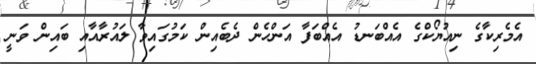
އެމެރިކާގެ ނިއުޔޯކްގެ އެއްބަނޑު އެއްބަފާ އަންހެން ދެބެއިން ކަމުގައިވާ ލައުރާއާއި ބައިން ވަނީ